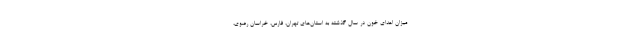
میزان اهدای خون در سال گذشته به استان‌های تهران، فارس، خراسان رضوی،